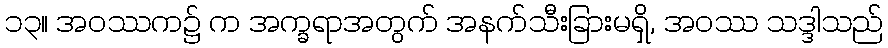
၁၃။ အဝဿက၌ က အက္ခရာအတွက် အနက်သီးခြားမရှိ, အဝဿ သဒ္ဒါသည်